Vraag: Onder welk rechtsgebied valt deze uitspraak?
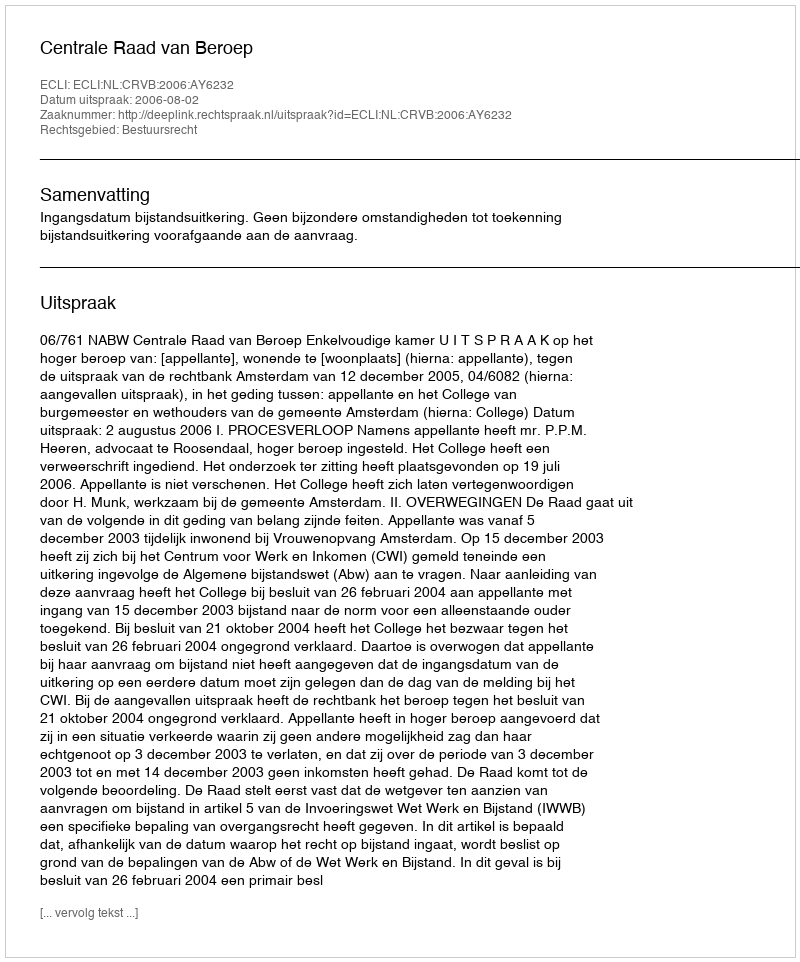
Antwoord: Bestuursrecht